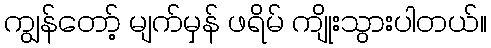
ကျွန်တော့် မျက်မှန် ဖရိမ် ကျိုးသွားပါတယ်။